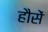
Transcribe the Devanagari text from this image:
हौसें